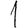
Digit: 1